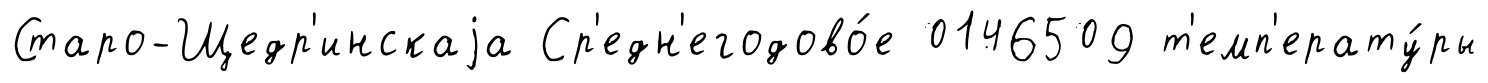
Старо-Щедр'инскаjа Ср'едн'егодово́е 0146509 т'емп'ерату́ры